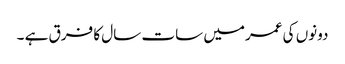
دونوں کی عمرمیں سات سال کا فرق ہے ۔